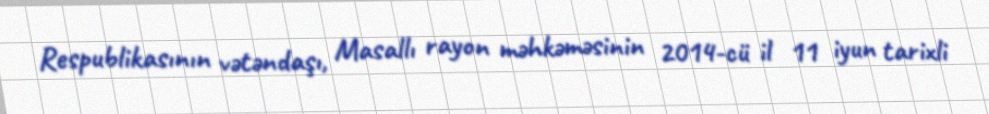
Respublikasının vətəndaşı, Masallı rayon məhkəməsinin 2014-cü il 11 iyun tarixli